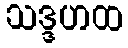
သဒ္ဒဟထ